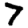
Digit: 7